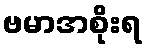
ဗမာအစိုးရ